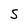
Character: 5